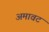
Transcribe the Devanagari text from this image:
अमावट